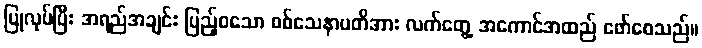
ပြုလုပ်ပြီး အရည်အချင်း ပြည့်ဝသော စစ်သေနာပတိအား လက်တွေ့ အကောင်အထည် ဖော်စေသည်။